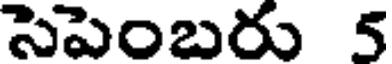
సెపెంబరు 5